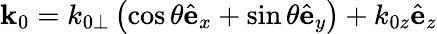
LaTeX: {\mathbf k}_{0}=k_{0\perp}\left(\cos{\theta}\hat{\mathbf e}_{x}+\sin{\theta}\hat{\mathbf e}_{y}\right)+k_{0z}\hat{\mathbf e}_{z}